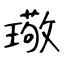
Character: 璥